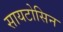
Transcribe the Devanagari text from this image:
सायटोसिन